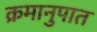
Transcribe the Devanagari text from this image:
क्रमानुपात